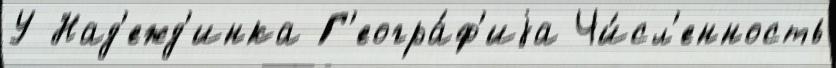
У Над'ежд'инка Г'еогра́ф'иjа Чи́сл'енность